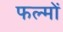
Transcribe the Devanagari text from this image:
फल्मों